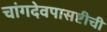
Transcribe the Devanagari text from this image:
चांगदेवपासष्टीची